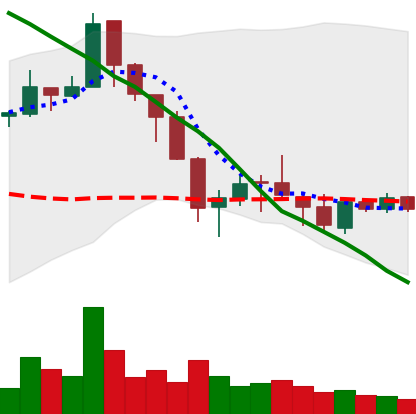
Ticker: ETC-USD
Chart end date: 2018-05-21
Forward return: -13.715%
Label: down_7plus